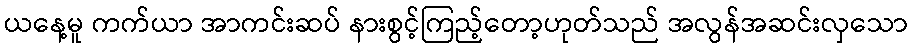
ယနေ့မူ ကက်ယာ အာကင်းဆပ် နားစွင့်ကြည့်တော့ဟုတ်သည် အလွန်အဆင်းလှသော